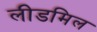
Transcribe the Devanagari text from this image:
लीडमिल